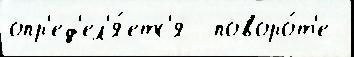
опр'ед'ел'я́етс'я  поворо́т'е